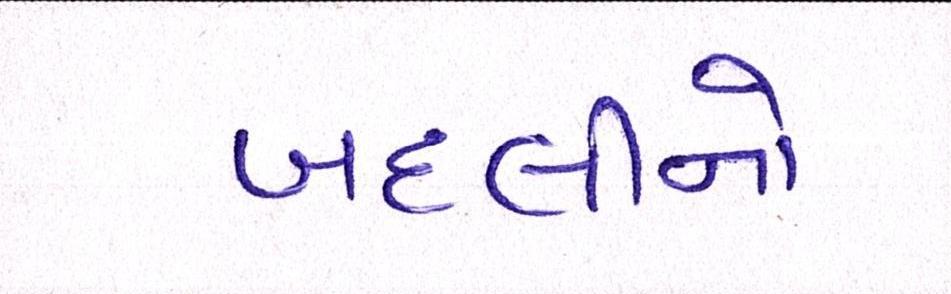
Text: બદલીનો